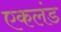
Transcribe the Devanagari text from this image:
एकलंड